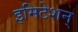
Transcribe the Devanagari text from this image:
इमिटेशन्